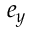
e _ { y }